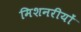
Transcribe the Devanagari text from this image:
मिशनरीयों